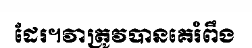
ដែរ។វាត្រូវបានគេរំពឹង